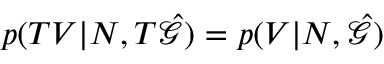
p ( T V | N , T \hat { \mathcal { G } } ) = p ( V | N , \hat { \mathcal { G } } )